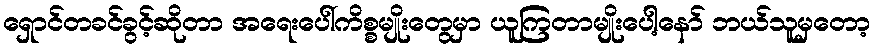
ရှောင်တခင်ခွင့်ဆိုတာ အရေးပေါ်ကိစ္စမျိုးတွေမှာ ယူကြတာမျိုးပေါ့နော် ဘယ်သူမှတော့